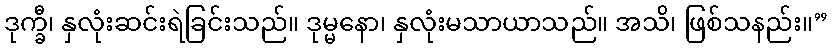
ဒုက္ခီ၊ နှလုံးဆင်းရဲခြင်းသည်။ ဒုမ္မနော၊ နှလုံးမသာယာသည်။ အသိ၊ ဖြစ်သနည်း။”